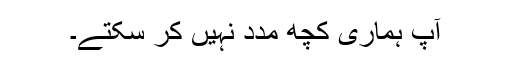
آپ ہماری کچھ مدد نہیں کر سکتے۔